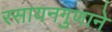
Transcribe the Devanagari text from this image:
रसायनगुणाने